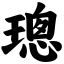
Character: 璁